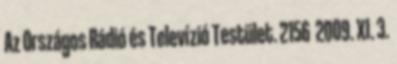
Az Országos Rádió és Televízió Testület. 2156 2009. XI. 3.